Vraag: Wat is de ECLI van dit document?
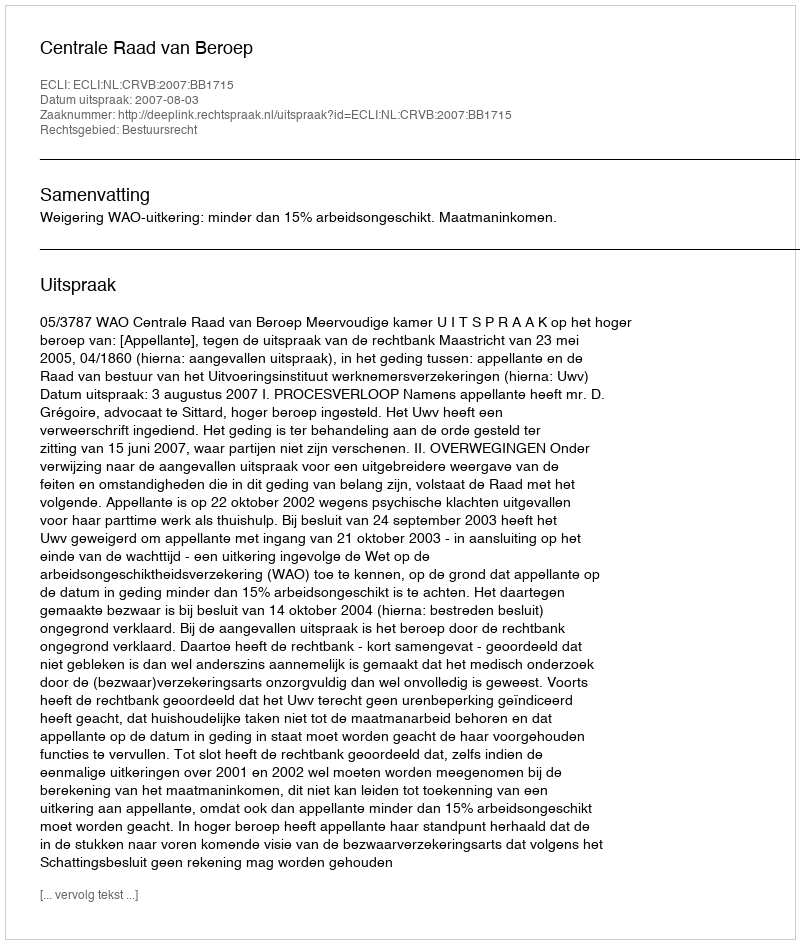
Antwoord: ECLI:NL:CRVB:2007:BB1715